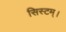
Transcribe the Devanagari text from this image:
सिस्टम्।